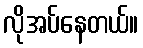
လိုအပ်နေတယ်။